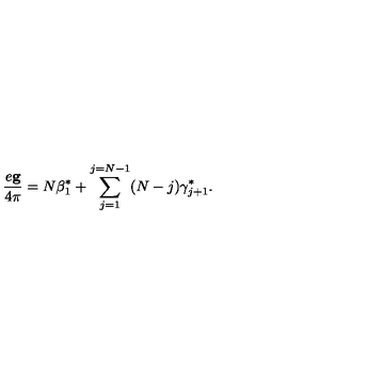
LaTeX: \frac { e { \bf g } } { 4 \pi } = N { \mathrm { \boldmath \beta } } _ { 1 } ^ { * } + \sum _ { j = 1 } ^ { j = N - 1 } ( N - j ) { \mathrm { \boldmath \gamma } } _ { j + 1 } ^ { * } .